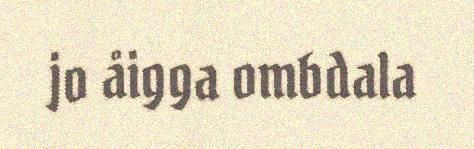
jo åigga ombdala